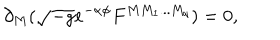
\partial _ { M } ( \sqrt { - g } e ^ { - \alpha \phi } F ^ { M M _ { 1 } . . . M _ { q } } ) = 0 ,